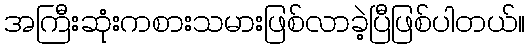
အကြီးဆုံးကစားသမားဖြစ်လာခဲ့ပြီဖြစ်ပါတယ်။